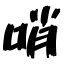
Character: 哨